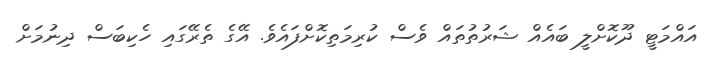
އައްމަޓީ ދޫކޮށްލީ ބައެއް ޝަރުތުތައް ވެސް ކުރިމަތިކޮށްފައެވެ. އޭގެ ތެރޭގައި ހެކިބަސް ދިނުމަށް